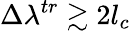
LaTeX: \Delta\lambda^{tr}\gtrsim 2l_{c}